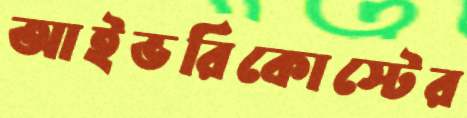
আইভরিকোস্টের